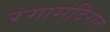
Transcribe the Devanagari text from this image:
रंगामंदिरात